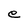
Character: e